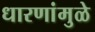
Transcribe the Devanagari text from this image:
धारणांमुळे